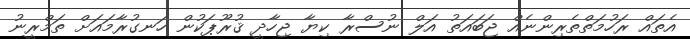
އެތައް ރަހުމަތްތެރިންނެއް ޖަބައަތު އަލް ނުސްރާ ކިޔާ ޖިހާދީ ޤުރޫޕަކުން ހަނގުރާމައަށް ތަމްރީނު